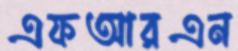
এফআরএন